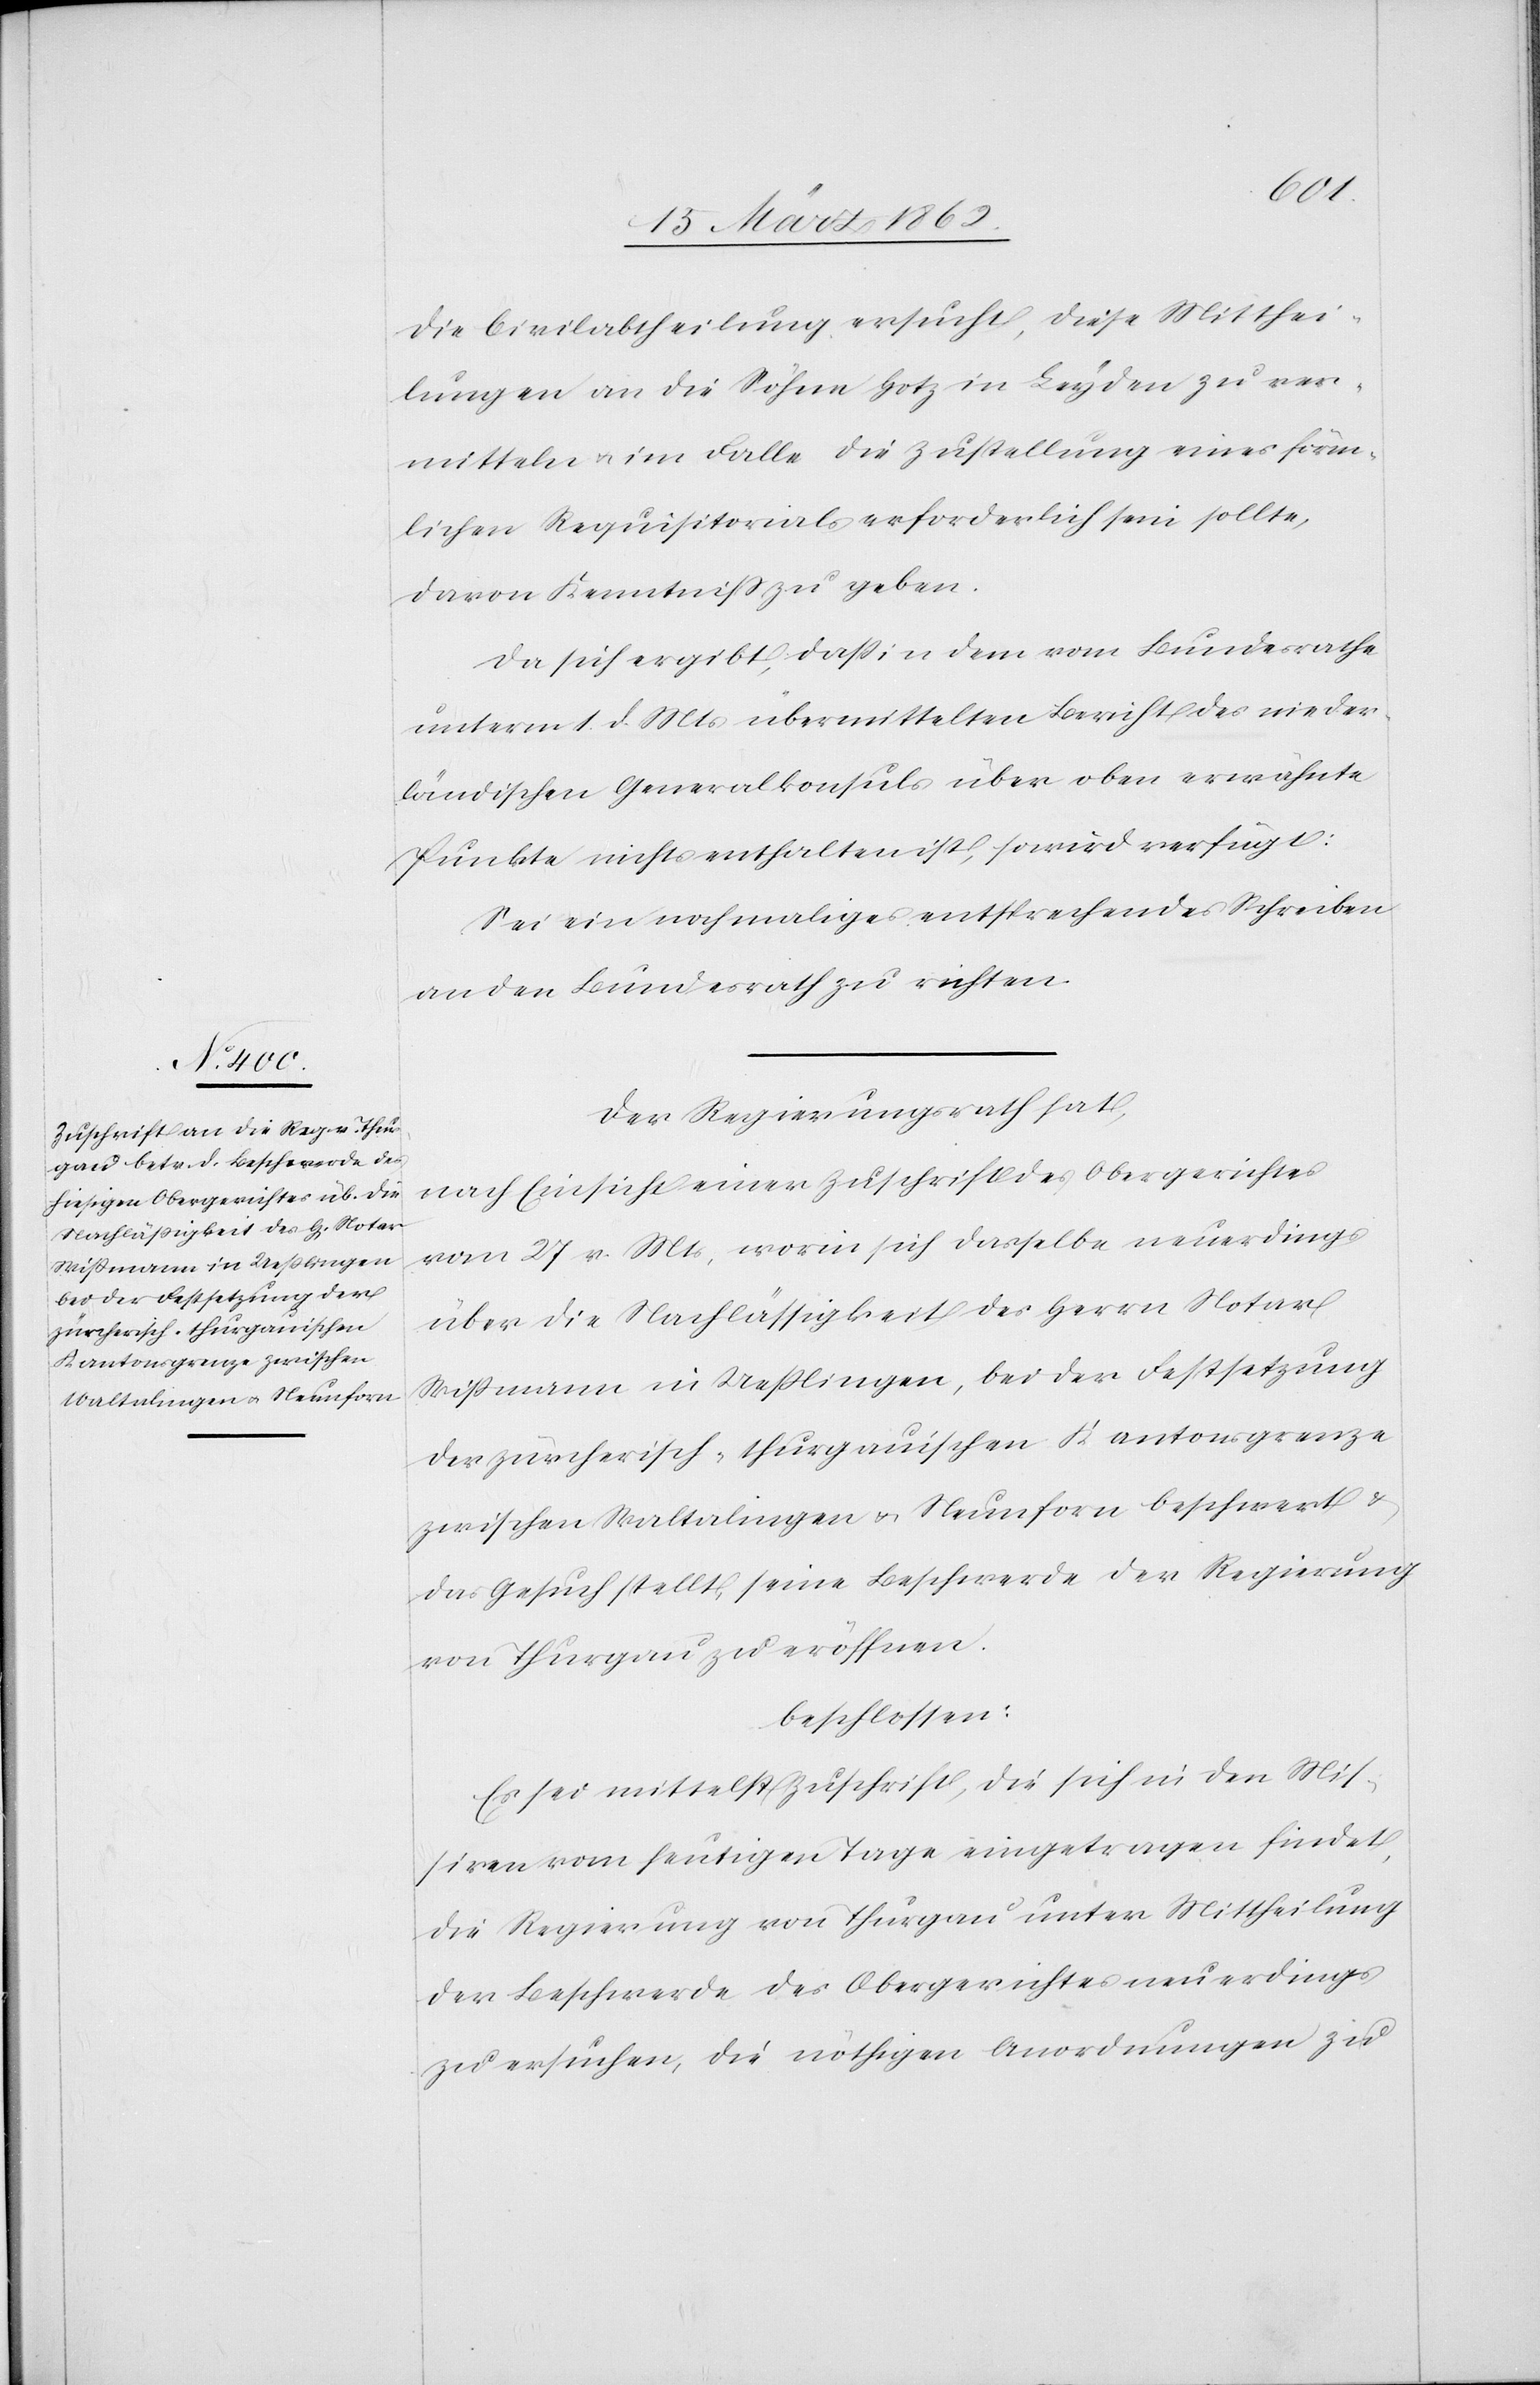
Die Civilabtheilung ersucht, diese Mitthei¬
lungen an die Söhne Hotz in Leyden zu ver¬
mitteln u. im Falle die Zustellung eines förm¬
lichen Requisitorials erforderlich sein sollte,
davon Kenntniß zu geben.
Da sich ergibt, daß in dem vom Bundesrathe
unterm 1. d. Mts übermittelten Bericht des nieder¬
ländischen Generalkonsuls über oben erwähnte
Punkte nichts enthalten ist, so wird verfügt:
Sei ein nochmaliges enstprechendes Schreiben
an den Bundesrath zu richten.
Der Regierungsrath hat,
nach Einsicht einer Zuschrift des Obergerichtes
vom 27 v. Mts, worin sich dasselbe neuerdings
über die Nachlässigkeit des Herrn Notar
Wißmann in Ueßlingen, bei der Festsetzung
der zürcherisch-thurgauischen Kantonsgrenze
zwischen Waltalingen u. Neunforn beschwert &
das Gesuch stellt, seine Beschwerde der Regierung
von Thurgau zu eröffnen.
beschlossen:
Es sei mittelst Zuschrift, die sich in den Mis¬
siven vom heutigen Tage eingetragen findet,
die Regierung von Thurgau unter Mittheilung
der Beschwerde des Obergerichtes neuerdings
zu ersuchen, die nöthigen Anordnungen zu